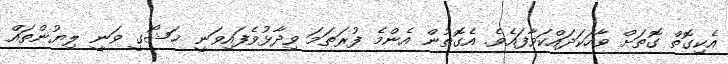
އެކިގޮތް ގޮތަށް ވާހަކަދައްކަވާފައެވެ. އެގޮތުން އެންމެ ފުރަތަމަ ވިދާޅުވެފައިވަނީ ޚަޝޯގީ ވަނީ ލިޔުންތައް